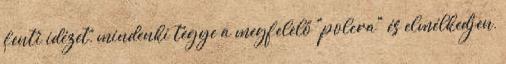
fenti idézet, mindenki tegye a megfelelő "polcra" és elmélkedjen,